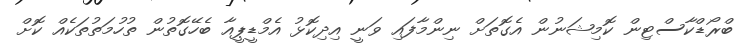
ބްރޯޑްކާސްޓިން ކޮމިޝަނުން އެގޮތަށް ނިންމާފައި ވަނީ އިދިިކޮޅު އެމްޑީޕީއާ ބެހޭގޮތުން ތުހުމަތުތަކެއް ކޮށް